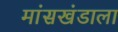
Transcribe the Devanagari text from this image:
मांसखंडाला